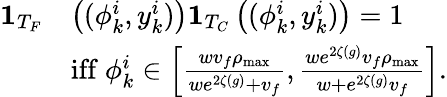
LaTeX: \begin{array}{rl}{\mathbf{1}_{T_{F}}}&{\left((\phi_{k}^{i},y_{k}^{i})\right)\mathbf{1}_{T_{C}}\left((\phi_{k}^{i},y_{k}^{i})\right)=1}\\ &{\mathrm{iff}\ \phi_{k}^{i}\in\left[\frac{wv_{f}\rho_{\operatorname*{max}}}{we^{2\zeta(g)}+v_{f}},\frac{we^{2\zeta(g)}v_{f}\rho_{\operatorname*{max}}}{w+e^{2\zeta(g)}v_{f}}\right].}\end{array}